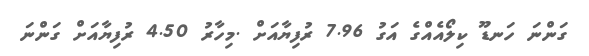
ގަންނަ ހަނޑޫ ކިލޯއެއްގެ އަގު 7.96 ރުފިޔާއަށް .މިހާރު 4.50 ރުފިޔާއަށް ގަންނަ